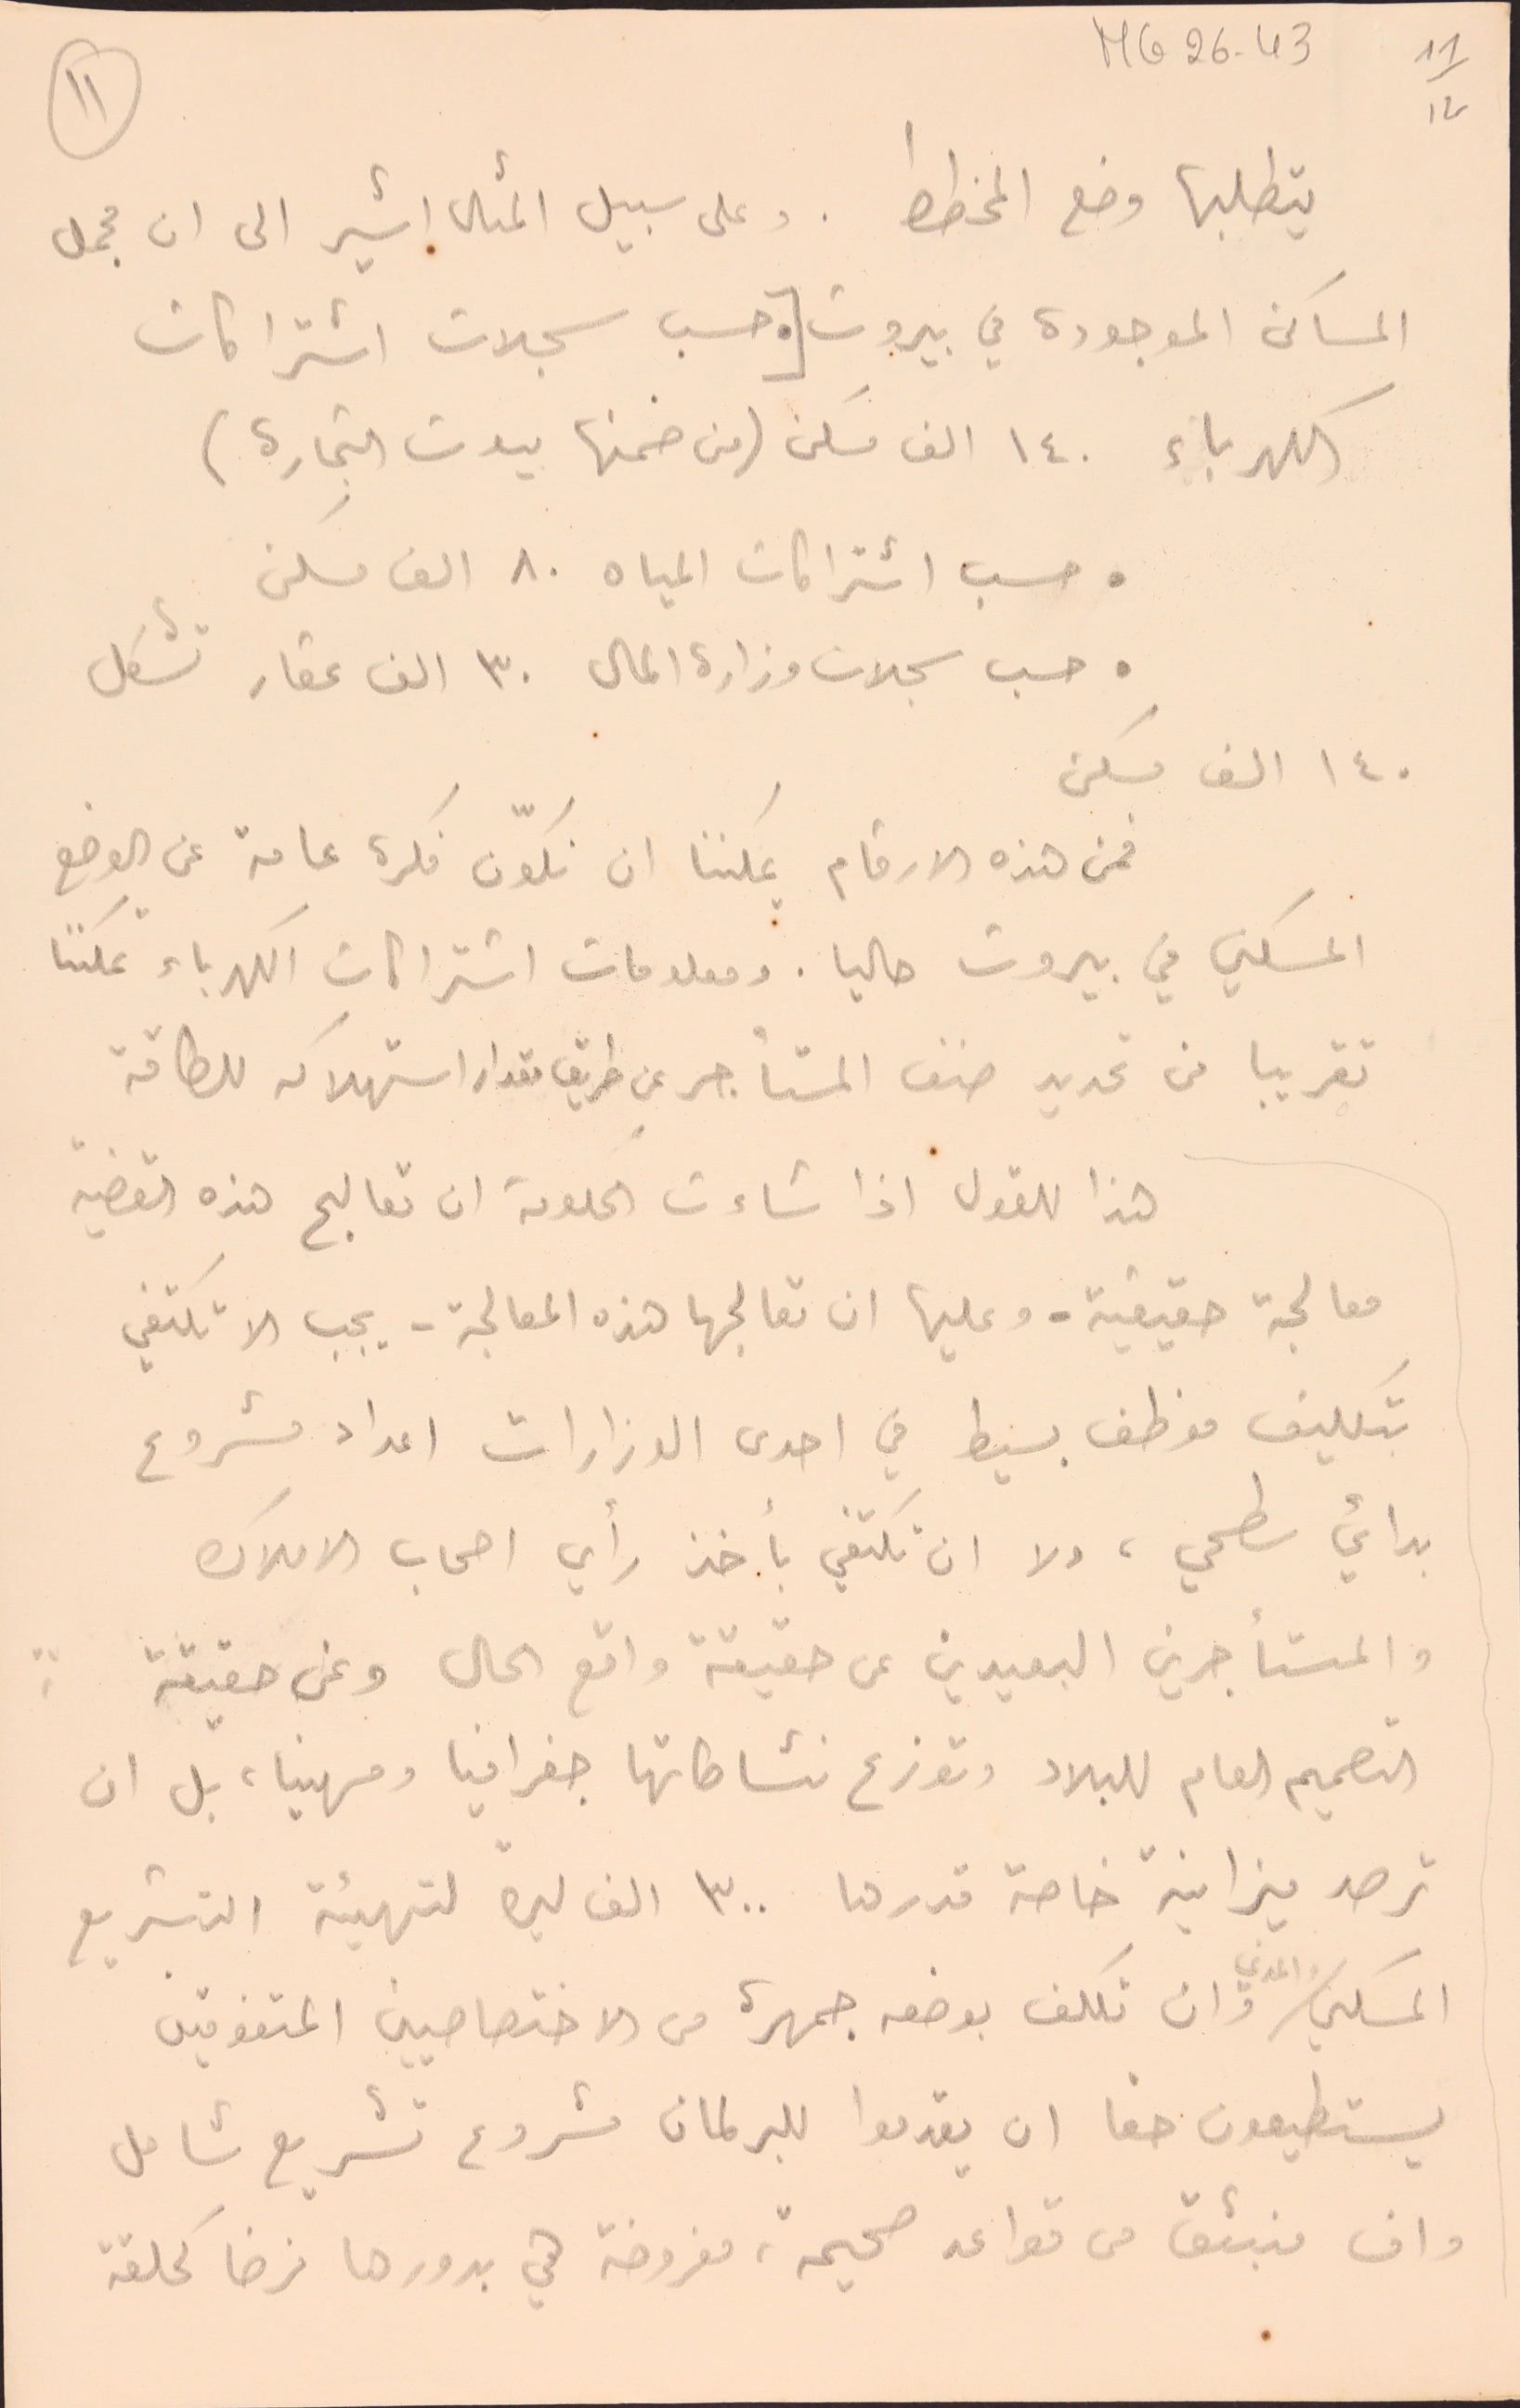
MG26-43  11/12
يتطلبها وضع المخطط . وعلى سبيل المثال اشير الى ان مجمل
المساكن الموجودة في بيروت [● حسب سجلات اشترا كات
 الكهرباء ١٤٠ الف مسكن (من ضمنها بيوت التجارة)
● حسب اشتراكات المياه ٨٠ الف مسكن
● حسب سجلات وزارة المال ٣٠ الف عقار تشكل
١٤٠ الف مسكن
السكني في بيروت حاليا. ومعلومات اشتراكات الكهرباء تمكننا
تقريبا من تقديد صنف المستأجر عن طريق مقدار استهلاكه للطاقة
هذا للقول اذا شاءت الحكومة ان تعالج هذه القضية
معالجة حقيقية. وعليها ان تعالجها هذه المعالجة - يجب الا تكتفي
بتكليف موظف بسيط في احدى الوزارات اعداد مشروع
بدائي سطحي، ولا ان تكتفي بأخذ رأي اصحاب الاملاك
والمستأجرين البعيدين عن حقيقة واقع الحال وعن حقيقة
التصميم العام للبلاد وتوزع نشاطاتها جغرافيا ومهنيا، بل ان
ترصد ميزانية خاصة قدرها ٣٠٠ الف ليرة لتهيئة التشريع
السكني والمدني وان تكلف بوضعه جمهرة من الاختصاصيين المتفوقين
يستطيعون حقا ان يقدموا للبرلمان مشروع تشريع شامل
وان ينبثق من قواعد صحيحة، مفروضة هي بدورها فرضا كحلقة
١١
فمن هذه الارقام يمكننا ان نكوّن فكرة عامة عن الوضع